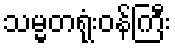
သမ္မတရုံးဝန်ကြီး